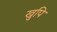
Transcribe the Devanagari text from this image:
खुपि